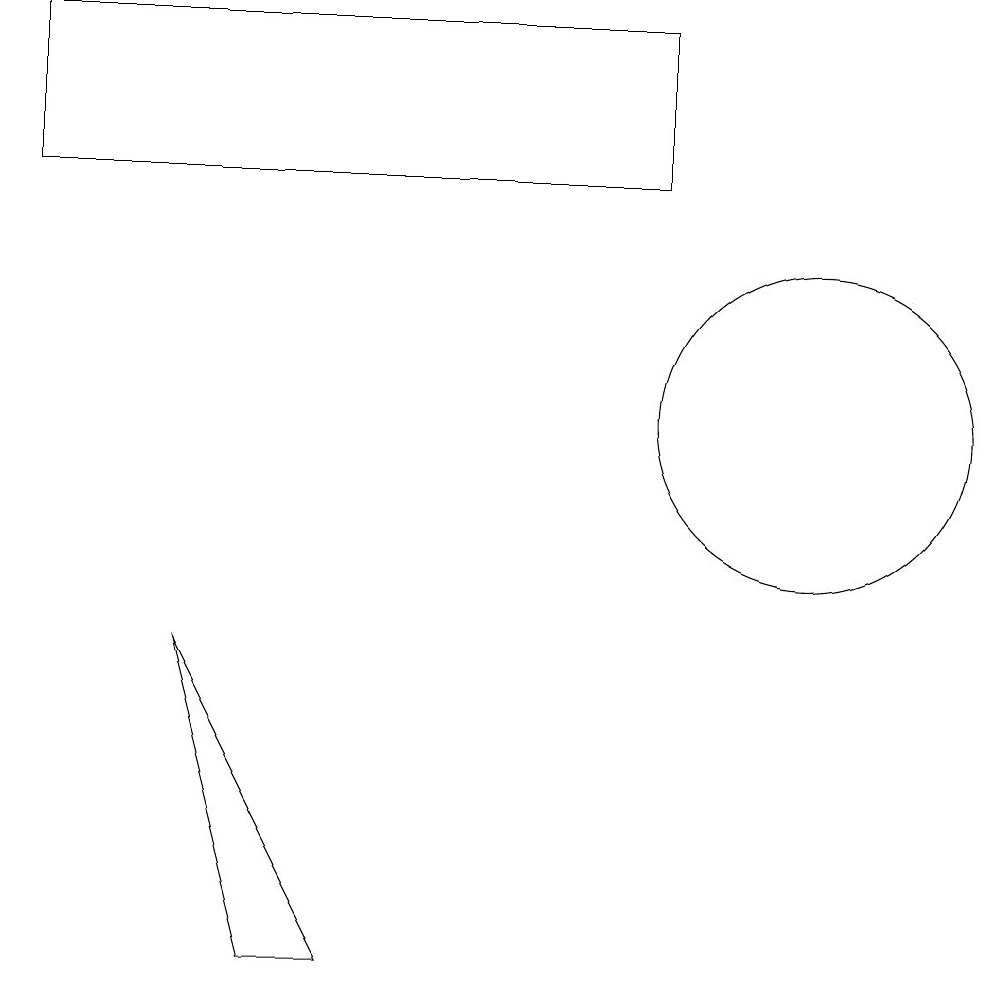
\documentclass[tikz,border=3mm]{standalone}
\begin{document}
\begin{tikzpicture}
\draw (2,7) -- (4,3) -- (3,3) -- cycle;
\draw (0,15) rectangle (8,13);
\draw (10,10) circle (2);
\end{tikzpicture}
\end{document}